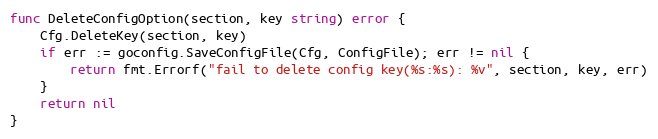
Language: Go
func DeleteConfigOption(section, key string) error {
	Cfg.DeleteKey(section, key)
	if err := goconfig.SaveConfigFile(Cfg, ConfigFile); err != nil {
		return fmt.Errorf("fail to delete config key(%s:%s): %v", section, key, err)
	}
	return nil
}